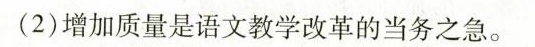
(2)增加质量是语文教学改革的当务之急。